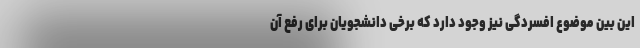
این بین موضوع افسردگی نیز وجود دارد که برخی دانشجویان برای رفع آن